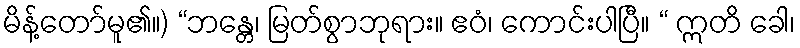
မိန့်တော်မူ၏။) “ဘန္တေ၊ မြတ်စွာဘုရား။ ဧဝံ၊ ကောင်းပါပြီ။ “ ဣတိ ခေါ၊